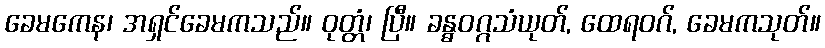
ခေမကေန၊ အရှင်ခေမကသည်။ ဝုတ္တံ၊ ပြီ။ ခန္ဓဝဂ္ဂသံယုတ်, ထေရဝဂ်, ခေမကသုတ်။